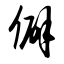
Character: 僻